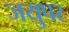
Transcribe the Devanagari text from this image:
जयुपर